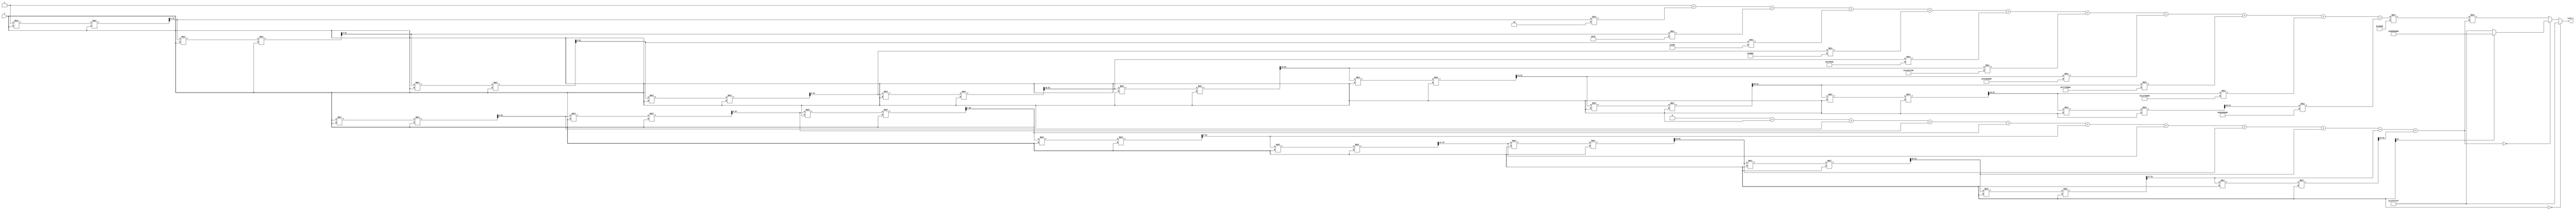
module hyperbolic_cotangent (
    input  wire [31:0] x,        // Fixed-point input (16 bits integer, 16 bits fractional)
    output reg  [31:0] coth_x    // Fixed-point output (same format as input)
);

    // Constants for fixed-point representation
    parameter FIXED_POINT_FRACTIONAL_BITS = 16;
    parameter FIXED_POINT_INTEGER_BITS = 16;

    // Internal signals for cosh and sinh
    reg [31:0] cosh_x;
    reg [31:0] sinh_x;

    // Function to compute cosh(x) using Taylor series expansion
    function [31:0] compute_cosh;
        input [31:0] x;
        reg [31:0] term;
        reg [31:0] sum;
        integer i;
        begin
            sum = 32'h00000001; // cosh(0) = 1
            term = 32'h00000001; // First term x^0 / 0! = 1
            for (i = 1; i <= 10; i = i + 1) begin // Compute first 10 terms
                term = (term * x * x) >> (2 * i); // x^(2*i) / (2*i)!
                sum = sum + term / factorial(2 * i);
            end
            compute_cosh = sum;
        end
    endfunction

    // Function to compute sinh(x) using Taylor series expansion
    function [31:0] compute_sinh;
        input [31:0] x;
        reg [31:0] term;
        reg [31:0] sum;
        integer i;
        begin
            sum = 32'h00000000; // sinh(0) = 0
            term = x; // First term x^1 / 1! = x
            for (i = 1; i <= 10; i = i + 1) begin // Compute first 10 terms
                sum = sum + term;
                term = (term * x * x) >> (2 * i + 1); // x^(2*i + 1) / (2*i + 1)!
            end
            compute_sinh = sum;
        end
    endfunction

    // Function to compute factorial
    function [31:0] factorial;
        input integer n;
        integer i;
        begin
            factorial = 32'h00000001; // 0! = 1
            for (i = 1; i <= n; i = i + 1) begin
                factorial = factorial * i;
            end
        end
    endfunction

    // Always block for computation
    always @(*) begin
        // Handle special case for x = 0
        if (x == 32'h00000000) begin
            coth_x = 32'h7FFFFFFF; // Return a large positive value
        end else begin
            // Compute cosh(x) and sinh(x)
            cosh_x = compute_cosh(x);
            sinh_x = compute_sinh(x);

            // Check for overflow condition
            if (sinh_x == 32'h00000000) begin
                coth_x = (x[31] == 1) ? 32'h80000000 : 32'h7FFFFFFF; // Negative or positive infinity
            end else begin
                // Compute coth(x) = cosh(x) / sinh(x)
                coth_x = (cosh_x * (1 << FIXED_POINT_FRACTIONAL_BITS)) / sinh_x; // Scale for fixed-point
            end
        end
    end

endmodule